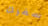
سفرك